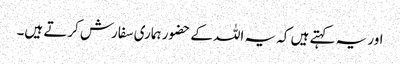
اور یہ کہتے ہیں کہ یہ اللہ کے حضور ہماری سفارش کرتے ہیں۔